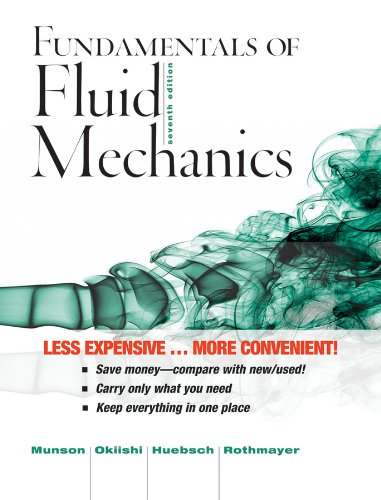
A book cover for Fundamentals of Fluid Mechanics 7e Binder Ready Version + WileyPLUS Registration Card; Bruce R. Munson; Engineering & Transportation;